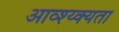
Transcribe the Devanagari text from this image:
आव्श्य्क्यता